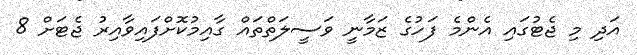
އަދި މި ޖެޓުގައި އެންމެ ފަހުގެ ޒަމާނީ ވަސީލަތްތައް ގާއިމުކޮށްފައިވާއިރު ޖެޓަށް 8